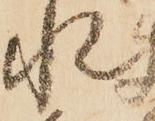
水